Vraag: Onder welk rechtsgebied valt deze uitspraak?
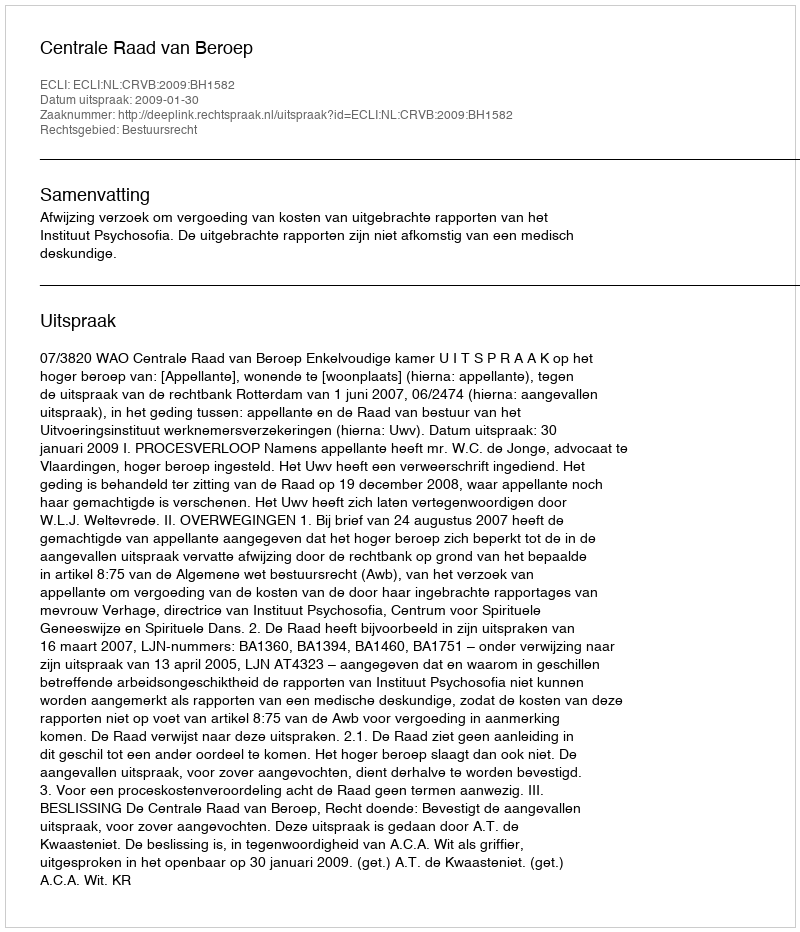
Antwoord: Bestuursrecht